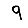
Digit: 9